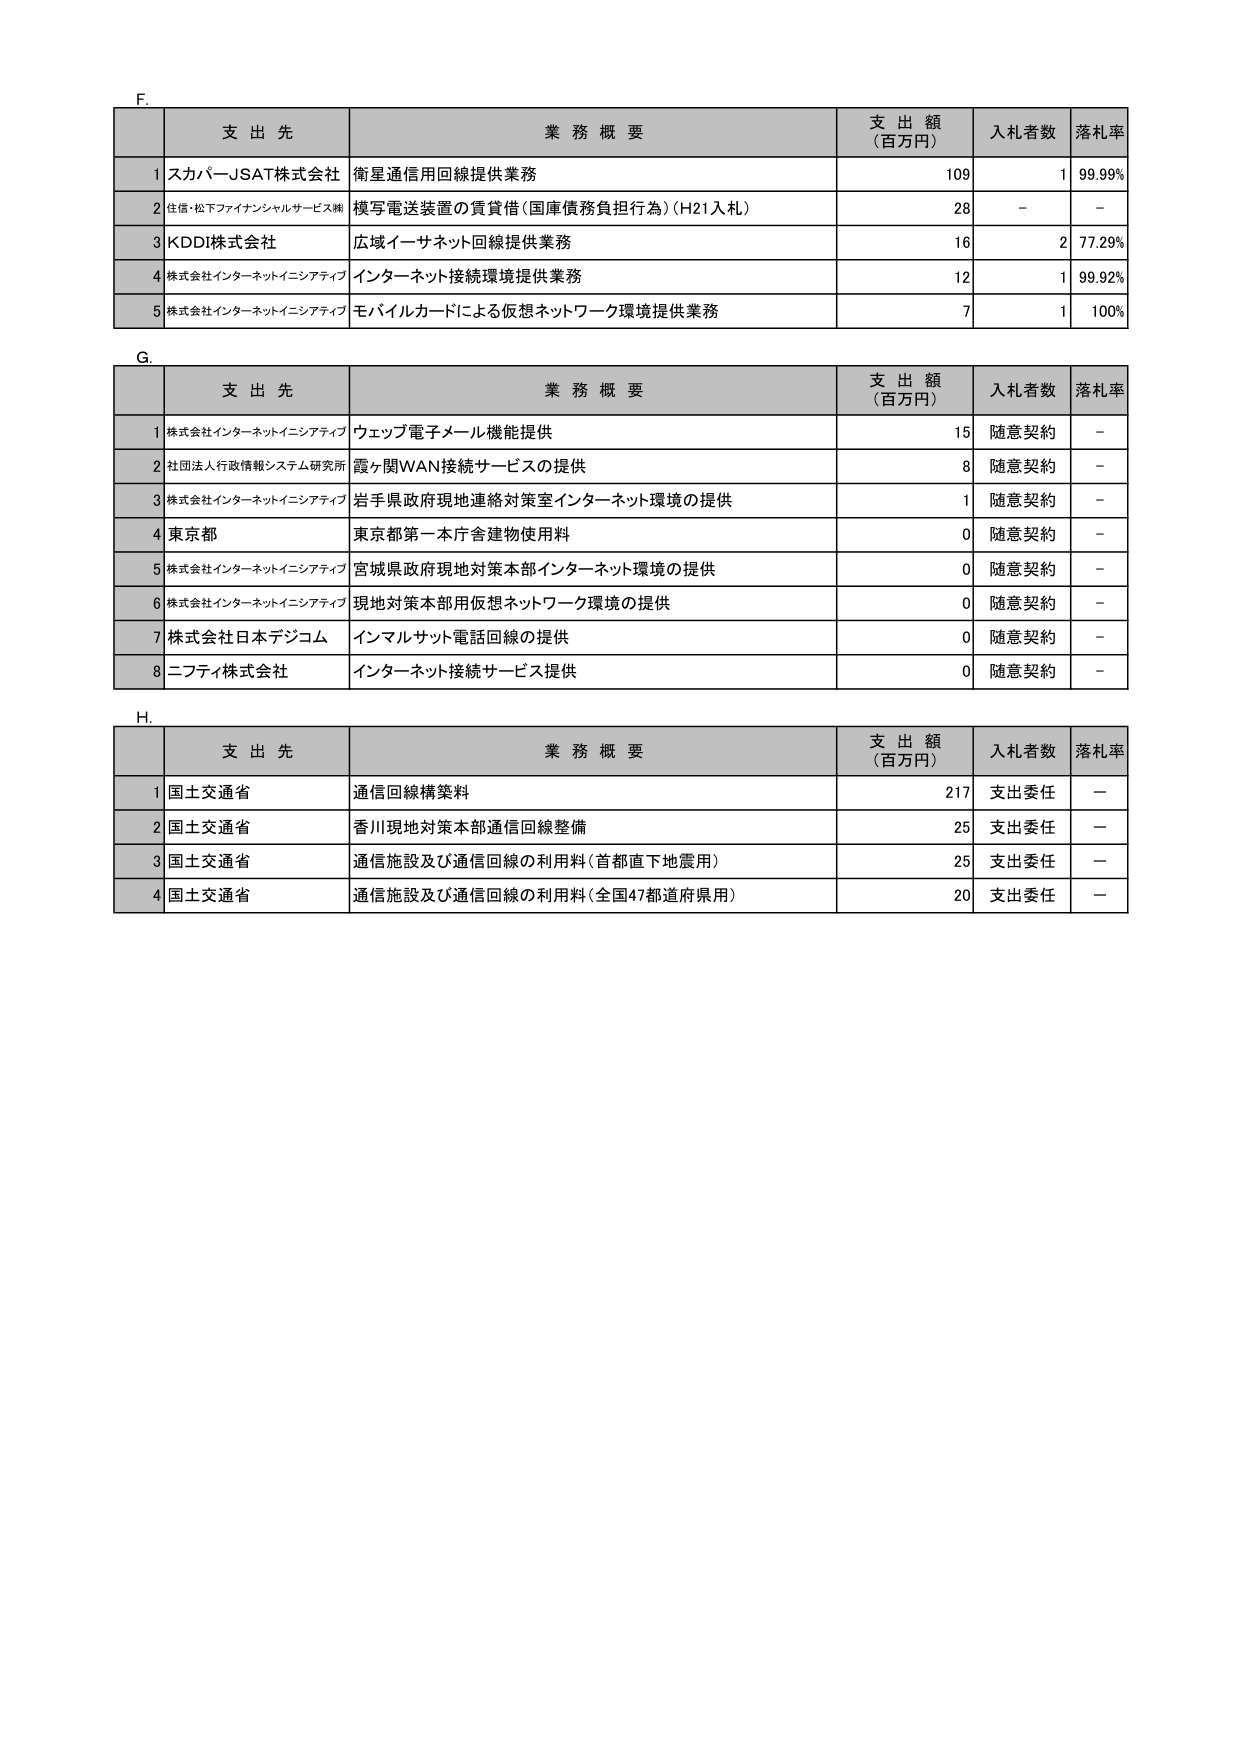
F.
支 出 先 業 務 概 要 支 出 額 （百万円） 入札者数 落札率
1 スカパーJSAT株式会社 衛星通信用回線提供業務 109 1 99.99%
2 住信・松下ファイナンシャルサービス㈱ 模写電送装置の賃貸借（国庫債務負担行為）（H21入札） 28 - -
3 KDDI株式会社 広域イーサネット回線提供業務 16 2 77.29%
4 株式会社インターネットイニシアティブ インターネット接続環境提供業務 12 1 99.92%
5 株式会社インターネットイニシアティブ モバイルカードによる仮想ネットワーク環境提供業務 7 1 100%

G.
支 出 先 業 務 概 要 支 出 額 （百万円） 入札者数 落札率
1 株式会社インターネットイニシアティブ ウェブ電子メール機能提供 15 随意契約 -
2 社団法人行政情報システム研究所 露ヶ関WAN接続サービスの提供 8 随意契約 -
3 株式会社インターネットイニシアティブ 岩手県政府現地連絡対策室インターネット環境の提供 1 随意契約 -
4 東京都 東京都第一本庁舎建物使用料 0 随意契約 -
5 株式会社インターネットイニシアティブ 宮城県政府現地対策本部インターネット環境の提供 0 随意契約 -
6 株式会社インターネットイニシアティブ 現地対策本部用仮想ネットワーク環境の提供 0 随意契約 -
7 株式会社日本デジコム インマルサット電話回線の提供 0 随意契約 -
8 ニフティ株式会社 インターネット接続サービス提供 0 随意契約 -

H.
支 出 先 業 務 概 要 支 出 額 （百万円） 入札者数 落札率
1 国土交通省 通信回線構築料 217 支出委任 -
2 国土交通省 香川現地対策本部通信回線整備 25 支出委任 -
3 国土交通省 通信施設及び通信回線の利用料（首都直下地震用） 25 支出委任 -
4 国土交通省 通信施設及び通信回線の利用料（全国47都道府県用） 20 支出委任 -